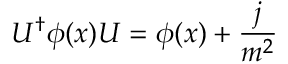
U ^ { \dagger } \phi ( x ) U = \phi ( x ) + { \frac { j } { m ^ { 2 } } }